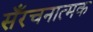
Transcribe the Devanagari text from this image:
सँरचनात्मक